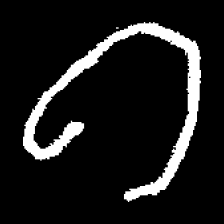
Pyu character \u2014 Myanmar letter: ဂ (romanized: ga)